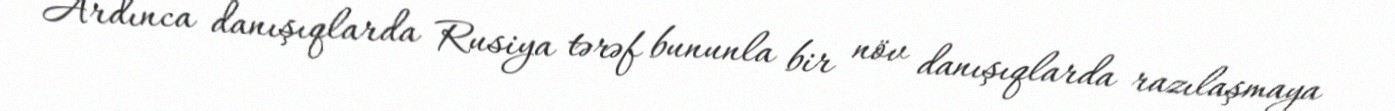
Ardınca danışıqlarda Rusiya tərəf bununla bir növ danışıqlarda razılaşmaya